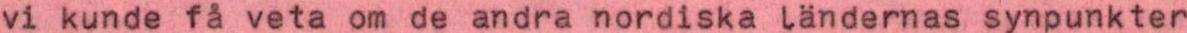
vi kunde få veta om de andra nordiska ländernas synpunkter